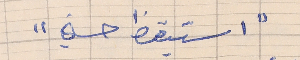
"استيقظ حسني"